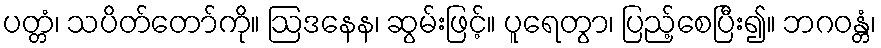
ပတ္တံ၊ သပိတ်တော်ကို။ ဩဒနေန၊ ဆွမ်းဖြင့်။ ပူရေတွာ၊ ပြည့်စေပြီး၍။ ဘဂဝန္တံ၊